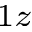
_ { 1 z }